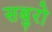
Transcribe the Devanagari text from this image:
सबुरो